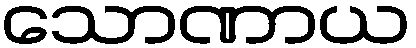
သောဏာယ